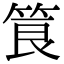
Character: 筤